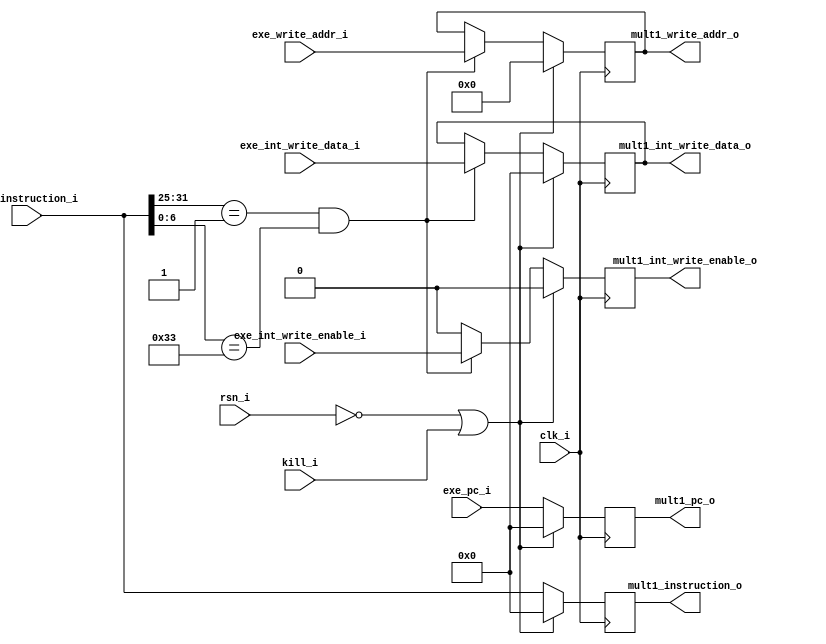
// Latch between execution and mult1

module exe_mult1_latch(
input		clk_i,
input		rsn_i,
input 		kill_i,
input	[31:0]	exe_int_write_data_i,
input	[4:0]	exe_write_addr_i,
input		exe_int_write_enable_i,
input	[31:0]	exe_instruction_i,
input	[31:0]	exe_pc_i,
output	[31:0]	mult1_int_write_data_o,
output	[4:0]	mult1_write_addr_o,
output		mult1_int_write_enable_o,
output	[31:0]	mult1_instruction_o,
output 	[31:0]	mult1_pc_o);

reg	[31:0]	mult1_int_write_data;
reg	[4:0]	mult1_write_addr;
reg		mult1_int_write_enable;
reg	[31:0]	mult1_instruction;
reg 	[31:0]	mult1_pc;
	
assign mult1_int_write_data_o = mult1_int_write_data;
assign mult1_write_addr_o = mult1_write_addr;
assign mult1_int_write_enable_o = mult1_int_write_enable;
assign mult1_instruction_o = mult1_instruction;
assign mult1_pc_o = mult1_pc;
	
// Latch 
always @(posedge clk_i)
begin
	if (!rsn_i || kill_i) begin
		mult1_int_write_data = 32'b0;
		mult1_write_addr = 5'b0;
		mult1_int_write_enable = 1'b0;
		mult1_instruction = 32'b0;
		mult1_pc = 32'b0;
	end
	else begin
		if (exe_instruction_i[31:25] == 7'b0000001 && exe_instruction_i[6:0] == 7'b0110011) begin
			mult1_int_write_data = exe_int_write_data_i;
			mult1_write_addr = exe_write_addr_i;
			mult1_int_write_enable = exe_int_write_enable_i;
			mult1_instruction = exe_instruction_i;
			mult1_pc = exe_pc_i;
		end
		else begin
			mult1_int_write_enable = 1'b0;
			mult1_instruction = exe_instruction_i;
			mult1_pc = exe_pc_i;
		end
	end
end
endmodule